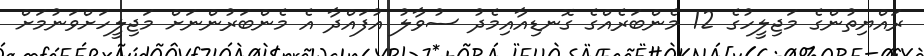
ރައްޔިތުންގެ މަޖިލީހުގެ 12 މެންބަރެއްގެ ގޮނޑިއާއިމެދު ސުވާލު އުފައްދާ އެ މެންބަރުންނަށް މަޖިލީހަށްވަނުމަށް